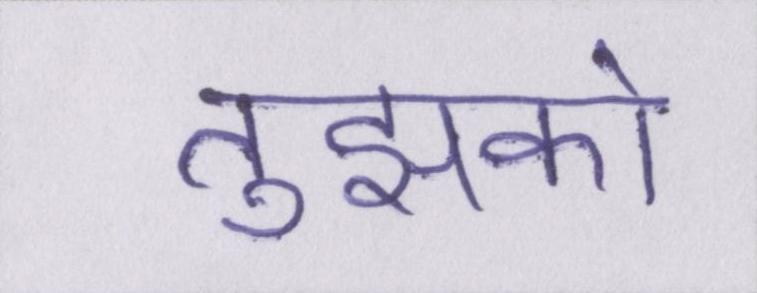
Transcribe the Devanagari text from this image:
तुझको